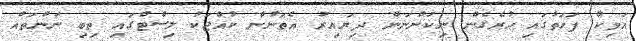
އަވިކް ފަހަތުގައި ހުރެގެން ނިކުންނަން ދިޔައިރު އެތަނުން ކުއްޖަކު ލިސްޓްގައި ތިބި ނަންތައް